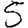
Digit: 5